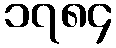
၁၇၈၄